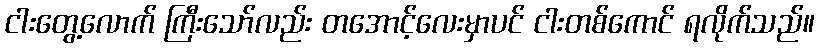
ငါးတွေ့လောက် ကြီးသော်လည်း တအောင့်လေးမှာပင် ငါးတစ်ကောင် ရလိုက်သည်။